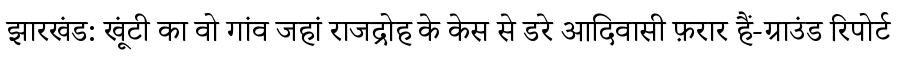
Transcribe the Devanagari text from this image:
झारखंड: खूंटी का वो गांव जहां राजद्रोह के केस से डरे आदिवासी फ़रार हैं-ग्राउंड रिपोर्ट